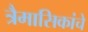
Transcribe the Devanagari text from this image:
त्रैमासिकांचे